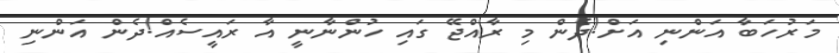
މަރުހަބާ އަންނި އަށް!ދެން މި ރާއްޖޭ ގައި ހުންނާނީ އާ ރައީސެއް!ދެން އަންނި